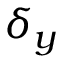
\delta _ { y }